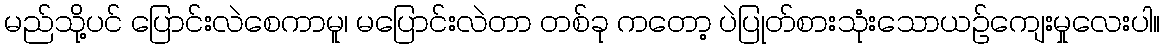
မည်သို့ပင် ပြောင်းလဲစေကာမူ၊ မပြောင်းလဲတာ တစ်ခု ကတော့ ပဲပြုတ်စားသုံးသောယဉ်ကျေးမှုလေးပါ။